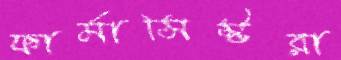
ফার্মাসিস্টরা